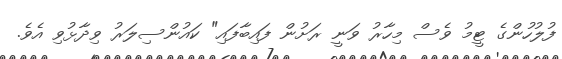
ފުލުހުންގެ ޓީމު ވެސް މިހާރު ވަނީ ރަށުން ފައިބާފައި" ކައުންސިލަރު ވިދާޅުވި އެވެ.